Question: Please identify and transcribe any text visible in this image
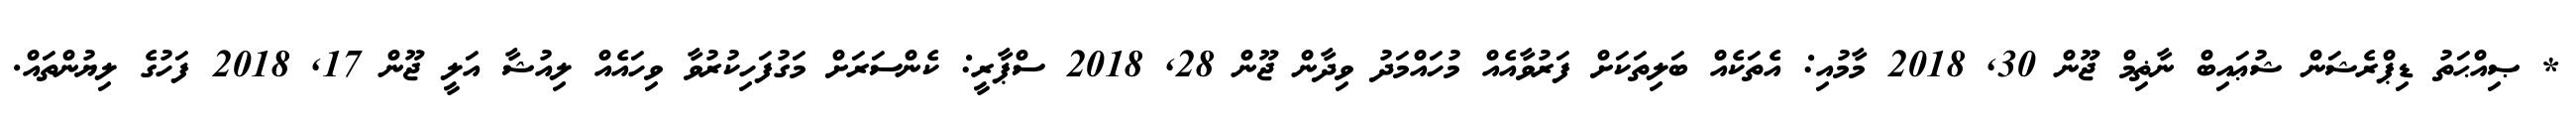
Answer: * ޞިއްޙަތު ޑިޕްރެޝަން ޝުޢައިބް ނާޡިމް ޖޫން 30, 2018 މާމުއި: އެތަކެއް ބަލިތަކަށް ފަރުވާއެއް މުހައްމަދު ވިދާން ޖޫން 28, 2018 ސްޕާރީ: ކެންސަރަށް މަގުފަހިކުރުވާ ވިހައެއް ލިއުޝާ އަލީ ޖޫން 17, 2018 ފަހުގެ ލިޔުންތައް.